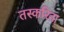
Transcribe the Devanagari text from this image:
तस्करिता